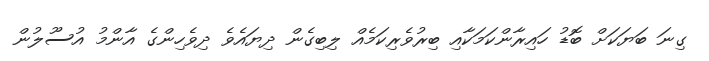
ގިނަ ބަޔަކަށް ބޮޑު ހައިރާންކަމަކާއި ބިރުވެރިކަމެއް ލިބިގެން ދިޔައެވެ ދިވެހިންގެ އާންމު އުސޫލުން